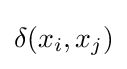
\delta (x_{i},x_{j})